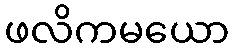
ဖလိကမယော